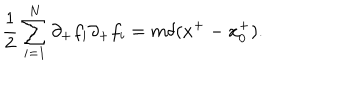
{ \frac { 1 } { 2 } } \sum _ { i = 1 } ^ { N } \partial _ { + } f _ { i } \partial _ { + } f _ { i } = m \delta ( x ^ { + } - x _ { 0 } ^ { + } ) .